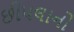
છીપલાનો